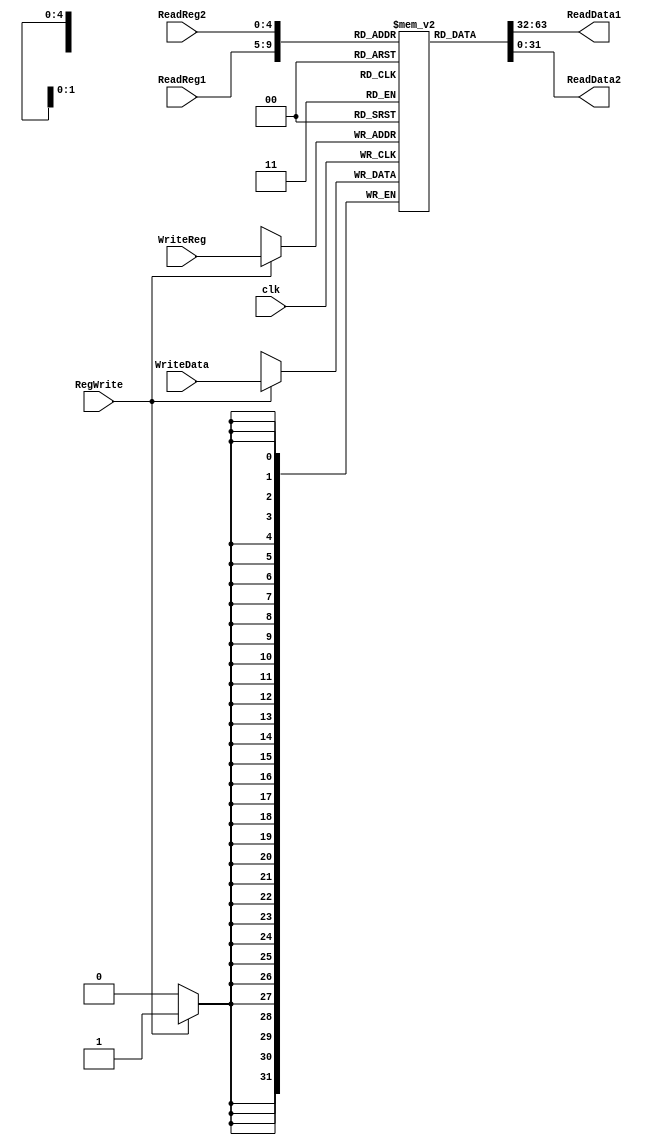
module RegisterFile(
    input clk,
    input RegWrite,
    input [4:0] ReadReg1, ReadReg2, WriteReg,
    input [31:0] WriteData,
    output [31:0] ReadData1, ReadData2
);

reg [31:0] RegFile [31:0];

always @(posedge clk) begin
    if (RegWrite)
        RegFile[WriteReg] <= WriteData;
end

assign ReadData1 = RegFile[ReadReg1];
assign ReadData2 = RegFile[ReadReg2];

endmodule